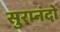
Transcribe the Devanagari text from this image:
सुरानंदो